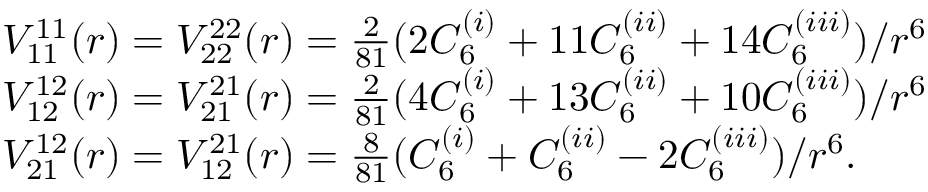
\begin{array} { r l } & { V _ { 1 1 } ^ { 1 1 } ( r ) = V _ { 2 2 } ^ { 2 2 } ( r ) = \frac { 2 } { 8 1 } ( 2 C _ { 6 } ^ { ( i ) } + 1 1 C _ { 6 } ^ { ( i i ) } + 1 4 C _ { 6 } ^ { ( i i i ) } ) / r ^ { 6 } } \\ & { V _ { 1 2 } ^ { 1 2 } ( r ) = V _ { 2 1 } ^ { 2 1 } ( r ) = \frac { 2 } { 8 1 } ( 4 C _ { 6 } ^ { ( i ) } + 1 3 C _ { 6 } ^ { ( i i ) } + 1 0 C _ { 6 } ^ { ( i i i ) } ) / r ^ { 6 } } \\ & { V _ { 2 1 } ^ { 1 2 } ( r ) = V _ { 1 2 } ^ { 2 1 } ( r ) = \frac { 8 } { 8 1 } ( C _ { 6 } ^ { ( i ) } + C _ { 6 } ^ { ( i i ) } - 2 C _ { 6 } ^ { ( i i i ) } ) / r ^ { 6 } . } \end{array}